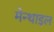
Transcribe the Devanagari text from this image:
मेन्थाइल